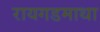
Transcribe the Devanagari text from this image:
रायगडमाथा